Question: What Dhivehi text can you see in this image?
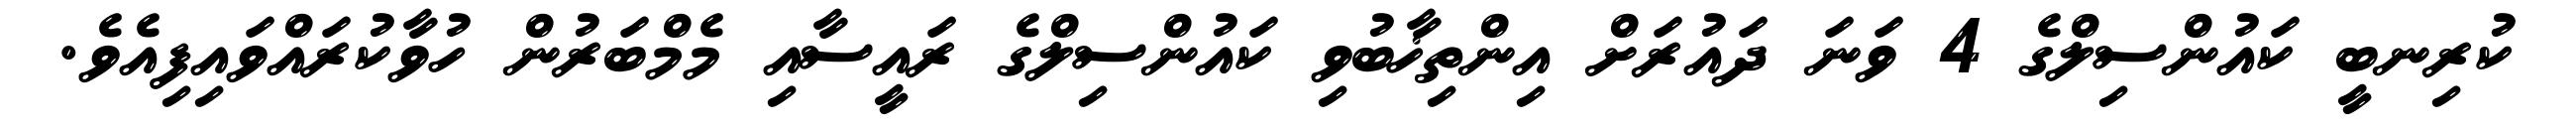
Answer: ކުރިނބީ ކައުންސިލްގެ 4 ވަނަ ދައުރަށް އިންތިޚާބުވި ކައުންސިލްގެ ރައީސާއި މެމްބަރުން ހުވާކުރައްވައިފިއެވެ.